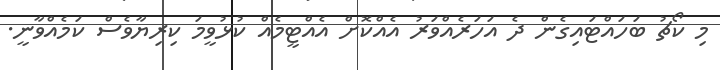
މި ކޯޗު ބަހައްޓައިގެން ދެ އަހަރެއްވަރު އެއްކޮށް އެއްޓީމެއް ކުޅުވީމަ ކިރިޔާވެސް ކަމެއްވާނީ.